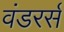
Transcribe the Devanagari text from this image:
वंडरर्स